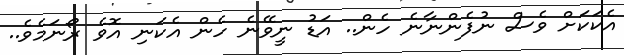
އެކަކަށް ވެސް ނުފެންނާނެ ހެން.. އަޑު ނީވޭނެ ހެން އެކަނި އޮވެ ރޯނަމެވެ..